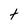
Character: t